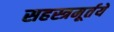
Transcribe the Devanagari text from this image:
सहस्त्रमूर्तये